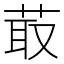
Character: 菆